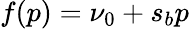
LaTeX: f(p)=\nu_{0}+s_{b}p